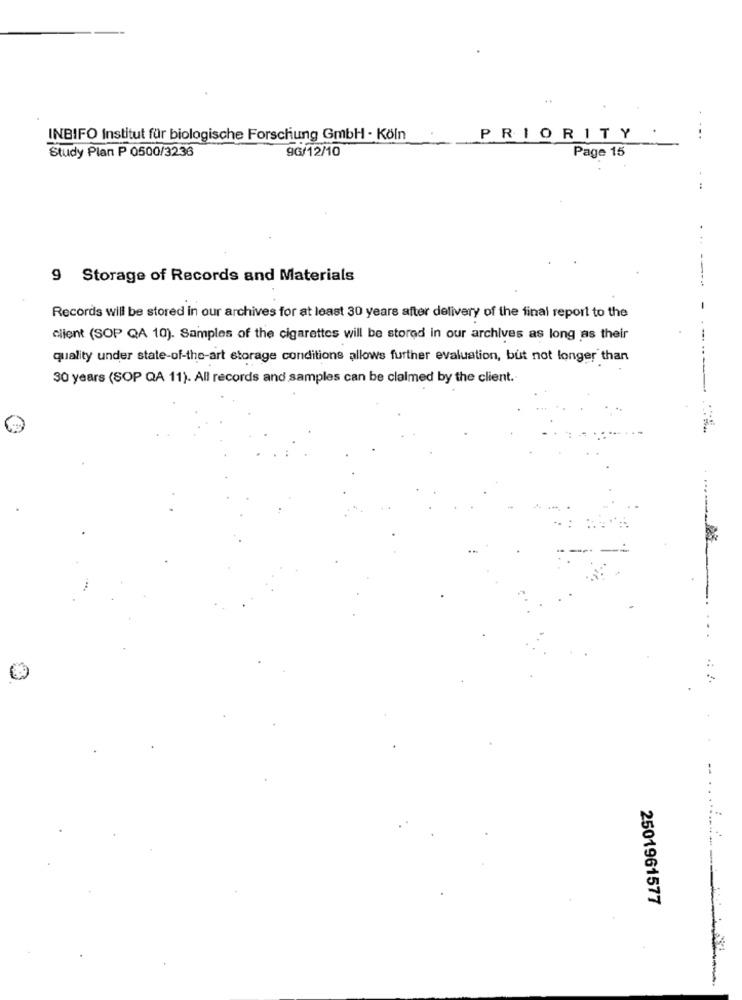
INBIFO Institut für biologische Forschung GmbH - Köln
PRIORITY
....
96/12/10
Page 15
Study Plan P 0500/3236
9 Storage of Records and Materials
Records will be stored in our archives for at least 30 years after delivery of the final report to the
client (SOP QA 10). Samples of the cigarettes will be stored in our archives as long as their
quality under state-of-the-art storage conditions allows further evaluation, but not longer than
30 years (SOP QA 11). All records and samples can be clalmed by the client.
2501961577